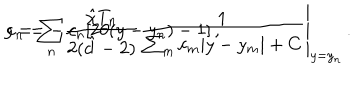
g = \sum _ { n } c _ { n } [ 2 \theta ( y - y _ { n } ) - 1 ] \, , \hspace { 2 c m } c _ { n } = \left. - \frac { \hat { \chi } T _ { n } } { 2 ( \hat { d } - 2 ) } \frac { 1 } { \sum _ { m } c _ { m } | y - y _ { m } | + C } \right| _ { y = y _ { n } } \, .